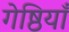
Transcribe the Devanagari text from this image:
गेष्ठियाँ